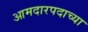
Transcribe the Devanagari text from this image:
आमदारपदाच्या